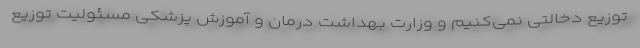
توزیع دخالتی نمی‌کنیم و وزارت بهداشت درمان و آموزش پزشکی مسئولیت توزیع